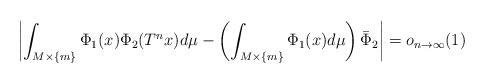
LaTeX: \begin{align*}\left|\int_{M \times \{ m\}} \Phi_{1} (x) \Phi_2 (T^n x) d\mu-\left( \int_{M \times \{m\}} \Phi_{1} (x)d\mu \right) \bar \Phi_2\right|=o_{n\to\infty}(1) \end{align*}